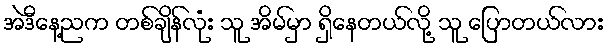
အဲဒီနေ့ညက တစ်ချိန်လုံး သူ အိမ်မှာ ရှိနေတယ်လို့ သူ ပြောတယ်လား